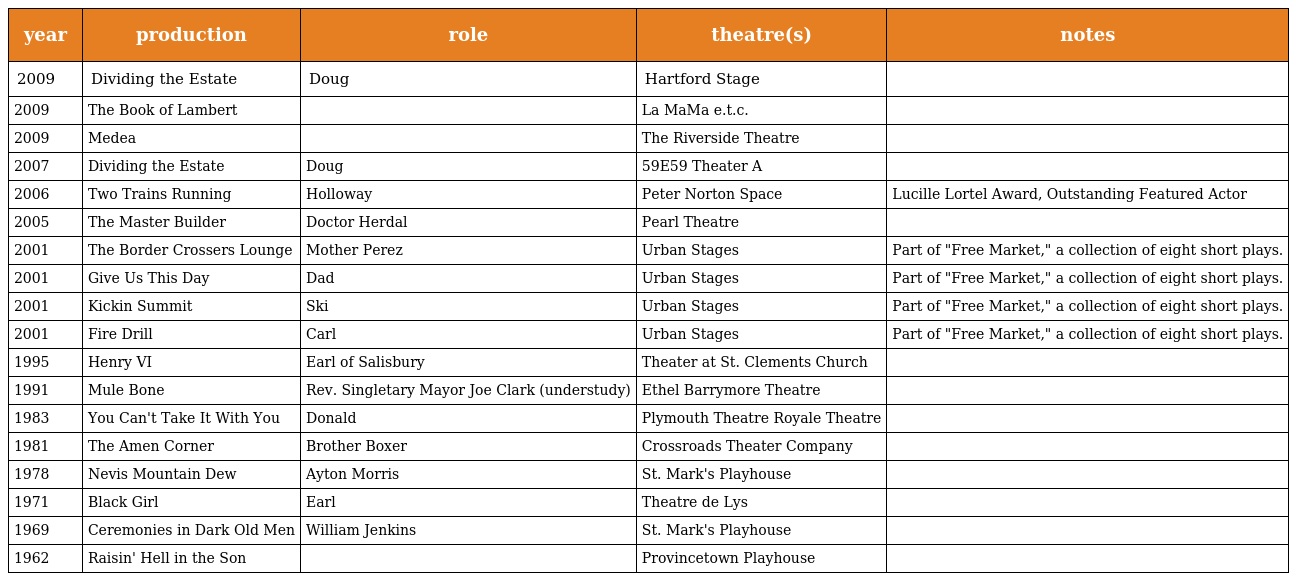
| year | production | role | theatre(s) | notes |
 | --- | --- | --- | --- | --- |
 | 2009 | Dividing the Estate | Doug | Hartford Stage |  |
 | 2009 | The Book of Lambert |  | La MaMa e.t.c. |  |
 | 2009 | Medea |  | The Riverside Theatre |  |
 | 2007 | Dividing the Estate | Doug | 59E59 Theater A |  |
 | 2006 | Two Trains Running | Holloway | Peter Norton Space | Lucille Lortel Award, Outstanding Featured Actor |
 | 2005 | The Master Builder | Doctor Herdal | Pearl Theatre |  |
 | 2001 | The Border Crossers Lounge | Mother Perez | Urban Stages | Part of "Free Market," a collection of eight short plays. |
 | 2001 | Give Us This Day | Dad | Urban Stages | Part of "Free Market," a collection of eight short plays. |
 | 2001 | Kickin Summit | Ski | Urban Stages | Part of "Free Market," a collection of eight short plays. |
 | 2001 | Fire Drill | Carl | Urban Stages | Part of "Free Market," a collection of eight short plays. |
 | 1995 | Henry VI | Earl of Salisbury | Theater at St. Clements Church |  |
 | 1991 | Mule Bone | Rev. Singletary Mayor Joe Clark (understudy) | Ethel Barrymore Theatre |  |
 | 1983 | You Can't Take It With You | Donald | Plymouth Theatre Royale Theatre |  |
 | 1981 | The Amen Corner | Brother Boxer | Crossroads Theater Company |  |
 | 1978 | Nevis Mountain Dew | Ayton Morris | St. Mark's Playhouse |  |
 | 1971 | Black Girl | Earl | Theatre de Lys |  |
 | 1969 | Ceremonies in Dark Old Men | William Jenkins | St. Mark's Playhouse |  |
 | 1962 | Raisin' Hell in the Son |  | Provincetown Playhouse |  |